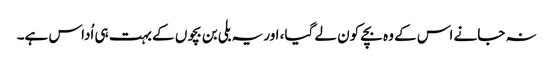
نہ جانے اس کے وہ بچے کون لے گیا، اور یہ بلی بن بچوں کے بہت ہی اُداس ہے۔